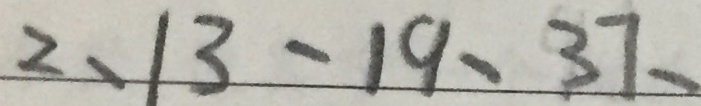
2 、 1 3 、 1 9 、 3 7 、